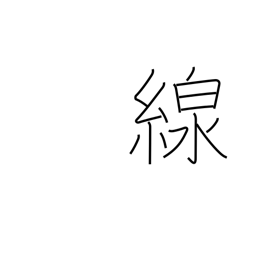
Meaning: line